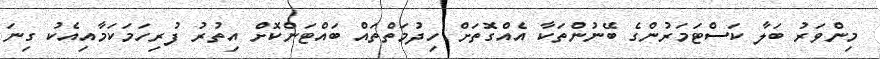
މިންވަރު ބަލާ ކަސްޓަމަރުންގެ ބޭނުންތަކާ އެއްގޮތަށް ހިދުމަތްތައް ބައްޓަންކޮށް އިތުރު ފުރިހަމަކަމާއިއެކު ގިނަ